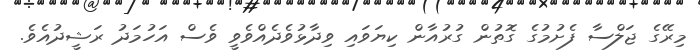
މިރޭގެ ޖަލްސާ ފެށުމުގެ ގޮތުން ގުރުއާން ކިޔަވައި ވިދާޅުވެދެއްވެވީ ވެސް އަހުމަދު ރަޝީދުއެވެ.